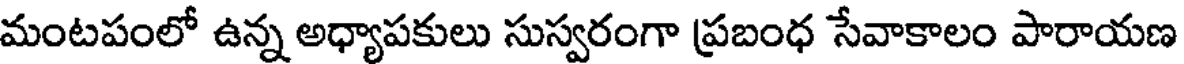
మంటపంలో ఉన్న అధ్యాపకులు సుస్వరంగా ప్రబంధ సేవాకాలం పారాయణ